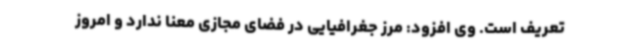
تعریف است. وی افزود: مرز جغرافیایی در فضای مجازی معنا ندارد و امروز